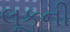
લૂકની